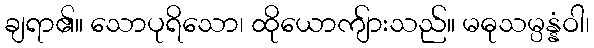
ချရာ၏။ သောပုရိသော၊ ထိုယောကျ်ားသည်။ မဓုသမ္ပန္နံဝါ၊